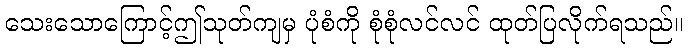
သေးသောကြောင့်ဤသုတ်ကျမှ ပုံစံကို စုံစုံလင်လင် ထုတ်ပြလိုက်ရသည်။